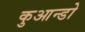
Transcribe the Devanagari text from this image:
कुआन्डो